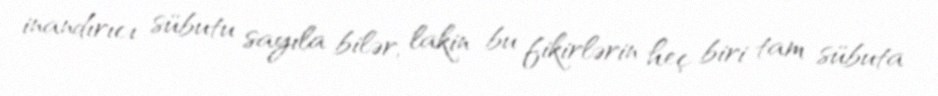
inandırıcı sübutu sayıla bilər, lakin bu fikirlərin heç biri tam sübuta